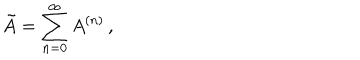
\tilde { A } = \sum _ { n = 0 } ^ { \infty } A ^ { ( n ) } \, ,